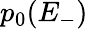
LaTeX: p_{0}(E_{-})